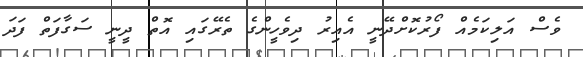
ވެސް އަލިކަމެއް ފޯރުކޮށްދޭނީ އެއިރު ދިވެހީންގެ ތެރޭގައި އޮތް ދީނީ ސަގާފަތް ފަދަ